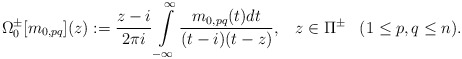
\begin{align*}\Omega^{\pm}_{0}[m_{0,pq}](z) := \frac{z - i}{2 \pi i} \int\limits_{-\infty}^{\infty} \frac{m_{0,pq}(t) d t}{(t - i)(t - z)},\;\;\; z\in \Pi^{\pm}\;\;\; (1 \leq p, q \leq n).\end{align*}